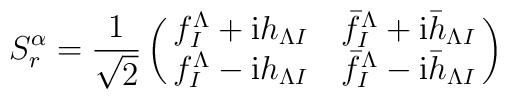
S^\alpha_r = {1\over \sqrt{2}}\pmatrix{f^\Lambda _I + {\rm i} h_{\Lambda I} & \bar f^\Lambda _I + {\rm i} \bar h_{\Lambda I}    \cr f^\Lambda _I - {\rm i} h_{\Lambda I} & \bar f^\Lambda _I - {\rm i} \bar h_{\Lambda I}    \cr}